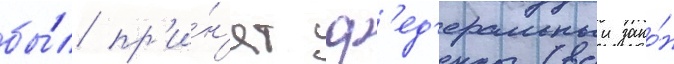
бы́л пр'и́н'ят ф'ед'еральныи зако́н